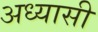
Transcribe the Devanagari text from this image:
अध्यासी